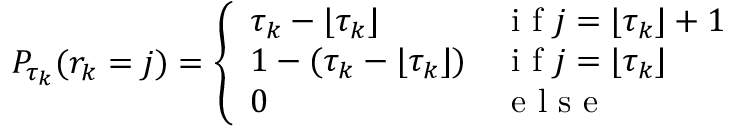
P _ { \tau _ { k } } ( r _ { k } = j ) = \left\{ \begin{array} { l l } { \tau _ { k } - \lfloor \tau _ { k } \rfloor } & { \mathrm { ~ i ~ f ~ } j = \lfloor \tau _ { k } \rfloor + 1 } \\ { 1 - ( \tau _ { k } - \lfloor \tau _ { k } \rfloor ) } & { \mathrm { ~ i ~ f ~ } j = \lfloor \tau _ { k } \rfloor } \\ { 0 } & { \mathrm { ~ e ~ l ~ s ~ e ~ } } \end{array} \right.